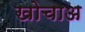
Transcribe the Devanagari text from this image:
खोचाअ